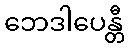
ဘေဒါပေန္တီ